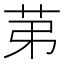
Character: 苐